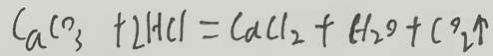
C a C O _ { 3 } + 2 H C l = C a C l _ { 2 } + H _ { 2 } O + C O _ { 2 } \uparrow